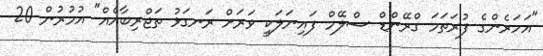
"އަހަރެންގެ ފުރަތަމަ ގްރޭންޑް ސްލޭމް ފައިނަލަކީ ވަރަށް ރަނގަޅު ތަޖްރިބާއެއް" އުމުރުން 20